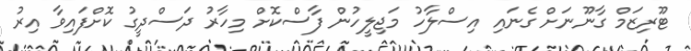
ޓޫރިޒަމް ގާނޫނަށް ގެނައި އިސްލާހު މަޖިލީހުން ފާސްކޮށް މިހާރު ދަސްދީގު ކޮށްފައިވާ އިރު